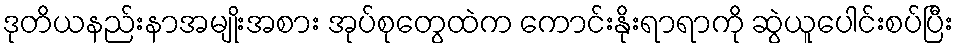
ဒုတိယနည်းနာအမျိုးအစား အုပ်စုတွေထဲက ကောင်းနိုးရာရာကို ဆွဲယူပေါင်းစပ်ပြီး